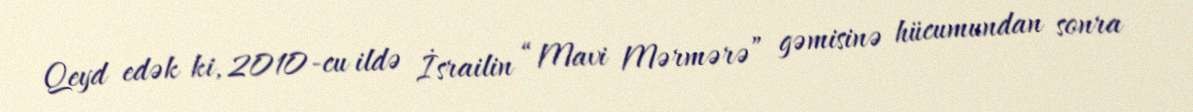
Qeyd edək ki, 2010-cu ildə İsrailin “Mavi Mərmərə” gəmisinə hücumundan sonra